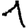
Digit: 1